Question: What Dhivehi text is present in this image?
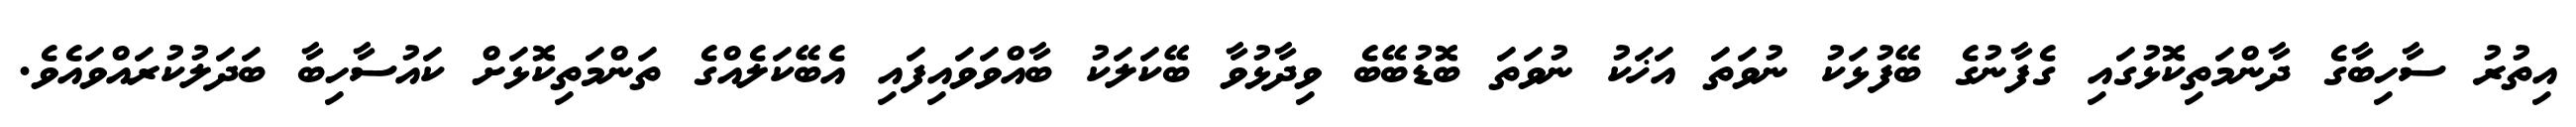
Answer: އިތުރު ސާހިބާގެ ދާންމަތިކޮޅުގައި ގެފާނުގެ ބޭފުޅަކު ނުވަތަ އަޚަކު ނުވަތަ ބޮޑުބޭބެ ވިދާޅުވާ ބޭކަލަކު ބާއްވަވައިފައި އެބޭކަލެއްގެ ތަންމަތިކޮޅަށް ކައުސާހިބާ ބަދަލުކުރައްވައެވެ.